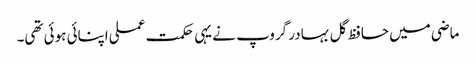
ماضی میں حافظ گل بہادر گروپ نے یہی حکمت عملی اپنائی ہوئی تھی۔